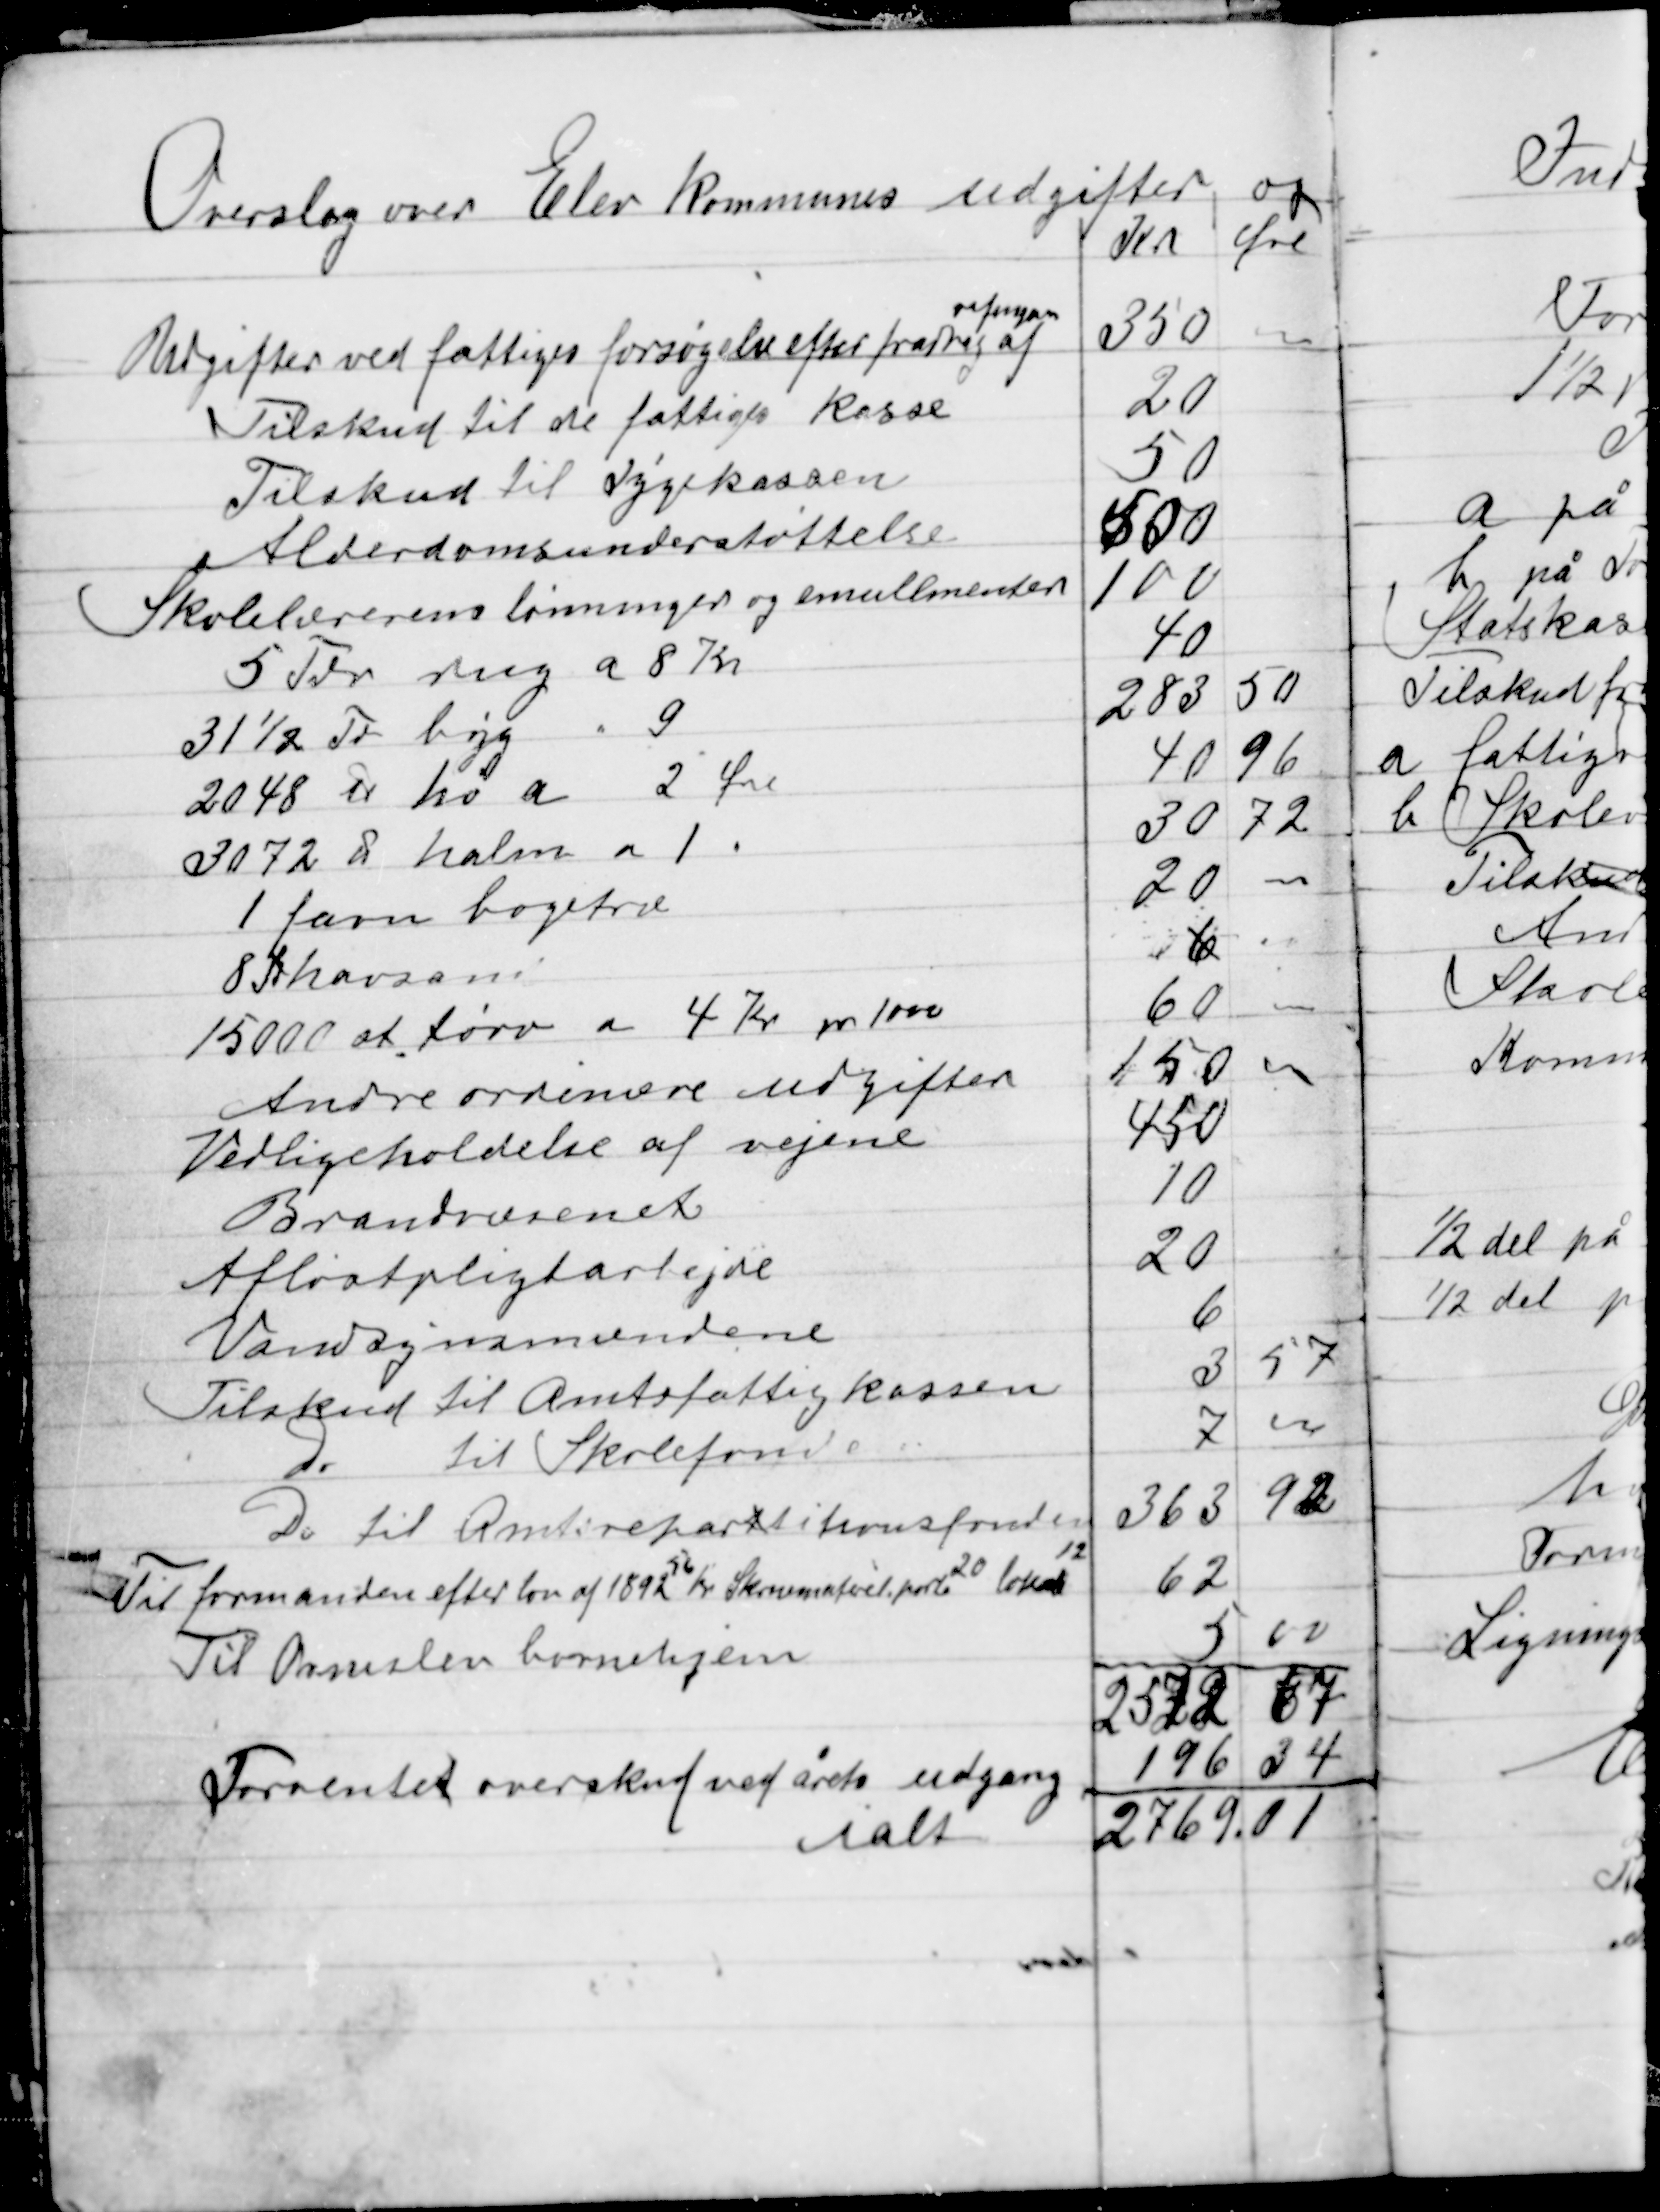
Transskription:
Overslag over Elev kommunes udgifter og